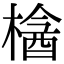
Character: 𣘞